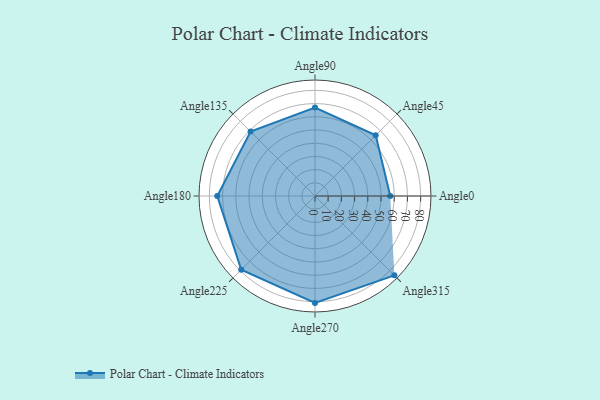
{"axis": {"x": "Angle", "y": "Radius"}, "legend": [""], "data": [{"x": "Angle0", "y": 57.0, "type": ""}, {"x": "Angle45", "y": 65.0, "type": ""}, {"x": "Angle90", "y": 67.0, "type": ""}, {"x": "Angle135", "y": 69.0, "type": ""}, {"x": "Angle180", "y": 74.0, "type": ""}, {"x": "Angle225", "y": 79.0, "type": ""}, {"x": "Angle270", "y": 81.0, "type": ""}, {"x": "Angle315", "y": 85.0, "type": ""}]}